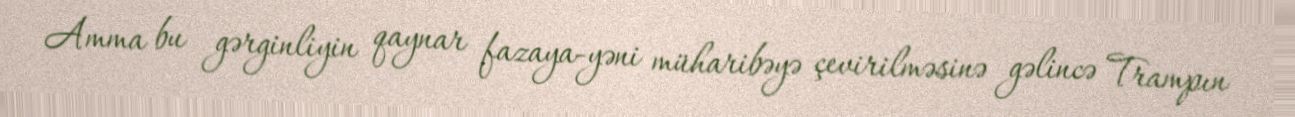
Amma bu gərginliyin qaynar fazaya-yəni müharibəyə çevirilməsinə gəlincə Trampın